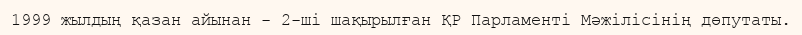
1999 жылдың қазан айынан - 2-ші шақырылған ҚР Парламенті Мәжілісінің дөпутаты.